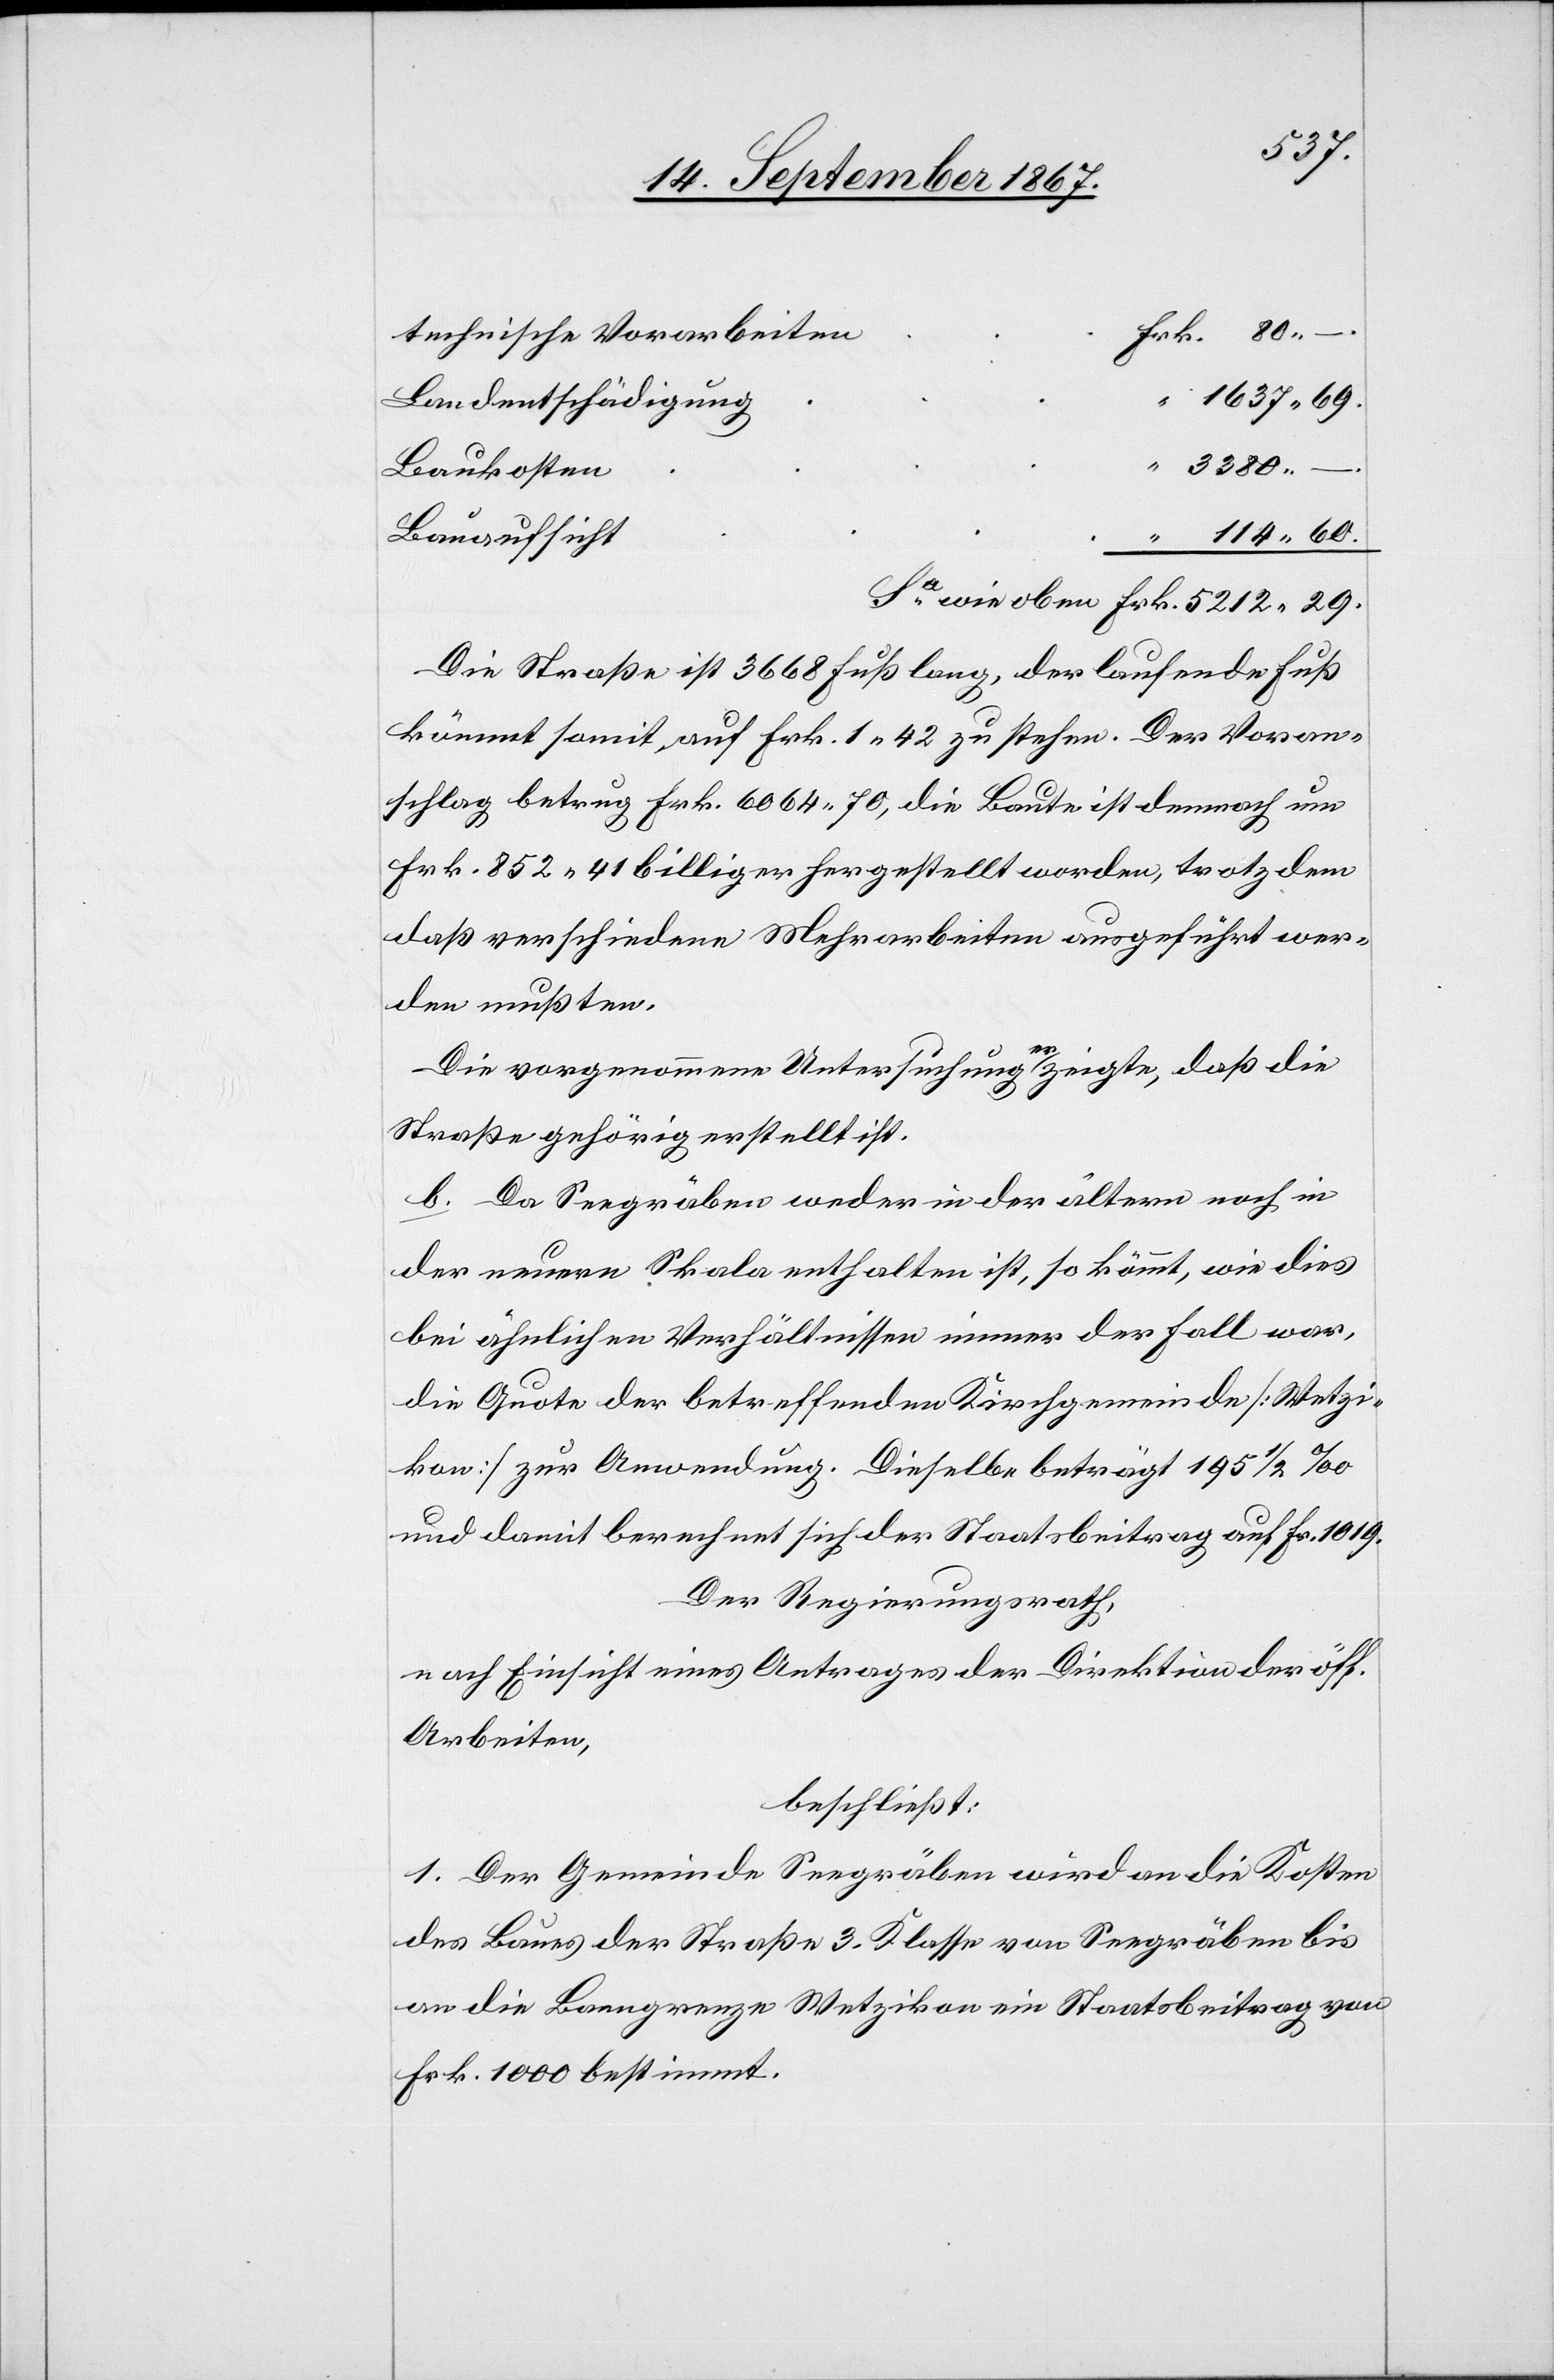
5212.
technische Vorarbeiten
Landentschädigung
Baukosten
Bauaufsicht
Die Straße ist 3668 Fuß lang, der laufende Fuß
kömmt somit auf Frk. 1.42 zu stehen. Der Vor¬
schlag betrug Frk. 6004.70, die Baute ist demnach um
Frk. 852.41 billiger hergestellt worden, trotzdem
daß verschiedene Mehrarbeiten ausgeführt wer¬
den mußten.
Die vorgenommene Untersuchung erzeigte, daß die
Straße gehörig erstellt ist.
b. Da Seegräben weder in der ältern noch in
der neuern Skala enthalten ist, so kömmt, wie dies
bei ähnlichen Verhältnissen immer der Fall war,
die Quote der betreffenden Kirchgemeinde [Wetzi¬
kon] zur Anwendung. Dieselbe beträgt 195 1/2‰
und damit berechnet sich der Staatsbeitrag auf Fr. 1919.
Der Regierungsrath,
nach Einsicht eines Antrages der Direktion der öff.
Arbeiten,
beschließt:
1. Der Gemeinde Seegräben wird an die Kosten
des Baues der Straße 3. Klasse von Seegräben bis
an die Banngrenze Wetzikon ein Staatsbeitrag von
Frk. 100 bestimmt.